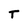
Character: T